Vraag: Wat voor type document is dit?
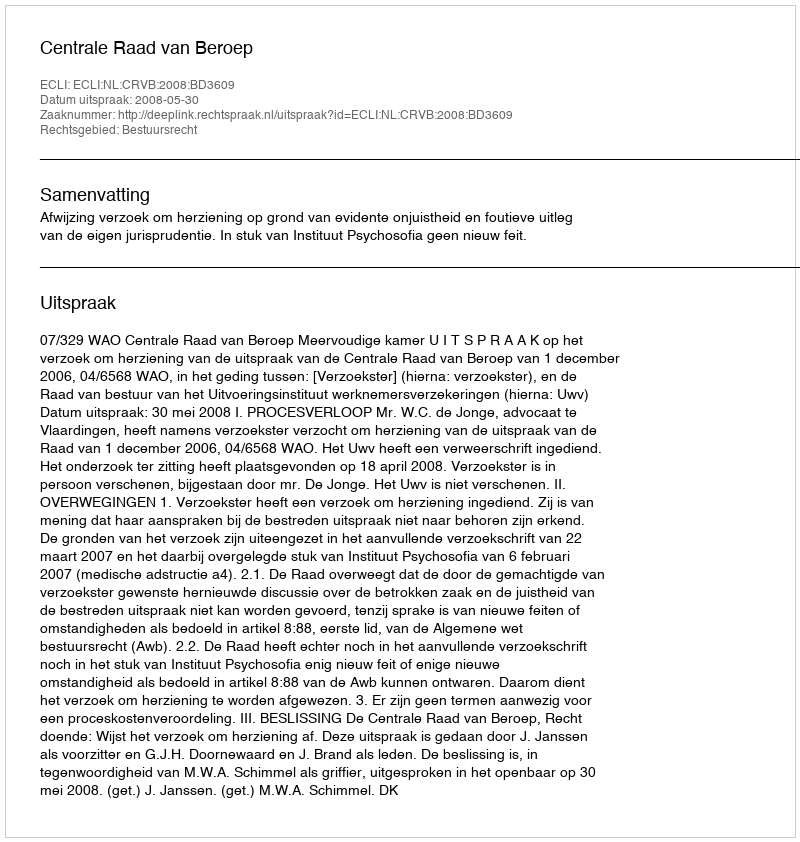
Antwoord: Uitspraak